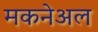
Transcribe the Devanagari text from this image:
मकनेअल